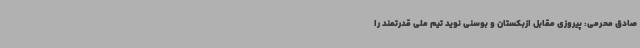
صادق محرمی: پیروزی مقابل ازبکستان و بوسنی نوید تیم ملی قدرتمند را